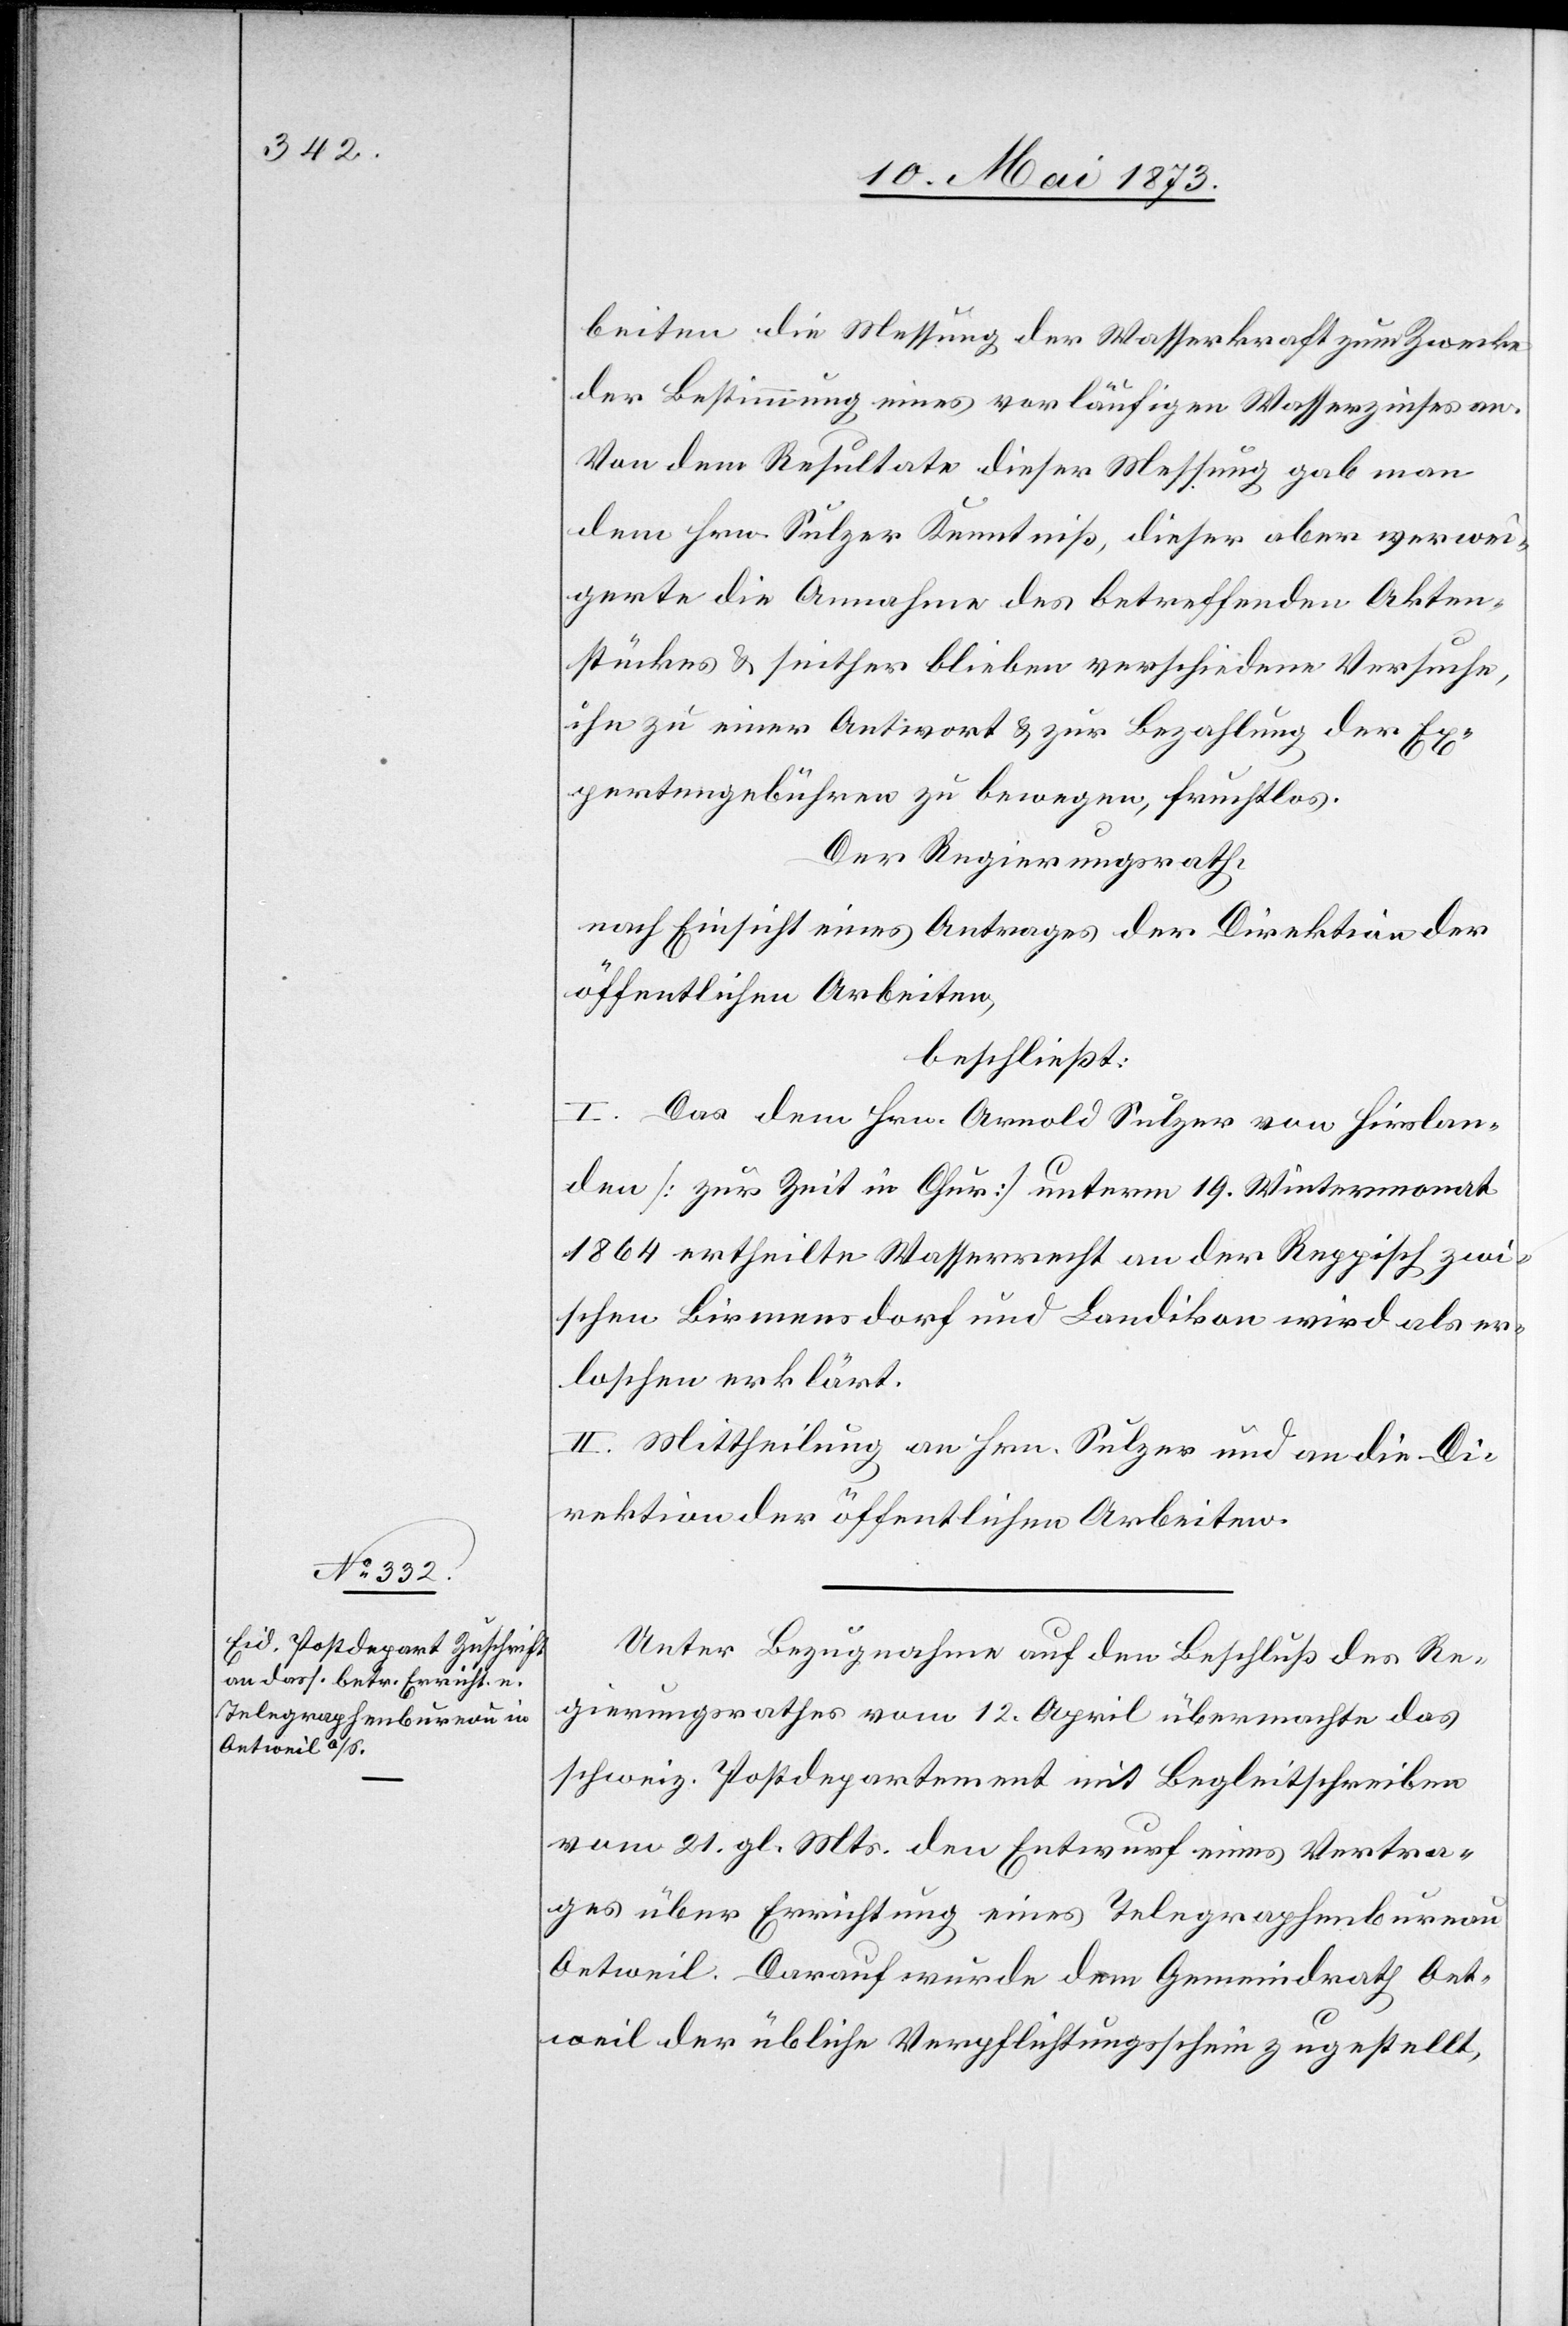
beiten die Messung der Wasserkraft zum Zwecke
der Bestimmung eines vorläufigen Wasserzinses an.
Von dem Resultate dieser Messung gab man
dem Hrn. Sulzer Kenntniß, dieser aber verwei¬
gerte die Annahme des betreffenden Akten¬
stückes & seither blieben verschiedene Versuche,
ihn zu einer Antwort & zur Bezahlung der Ex¬
pertengebühren zu bewegen, fruchtlos.
Der Regierungsrath,
nach Einsicht eines Antrages der Direktion der
öffentlichen Arbeiten,
beschließt:
I. Das dem Hrn. Arnold Sulzer von Hirslan¬
den [zur Zeit in Chur] unterm 19. Wintermonat
1864 ertheilte Wasserrecht an der Reppisch zwi¬
schen Birmensdorf und Landikon wird als er¬
loschen erklärt.
II. Mittheilung an Hrn. Sulzer und an die Di¬
rektion der öffentlichen Arbeiten.
Unter Bezugnahme auf den Beschluß des Re¬
gierungsrathes vom 12. April übermachte das
schweiz. Postdepartement mit Begleitschreiben
vom 21. gl. Mts. den Entwurf eines Vertra¬
ges über Errichtung eines Telegraphenbureau
Oetweil. Darauf wurde dem Gemeindrath Oet¬
weil der übliche Verpflichtungsschein zugestellt,